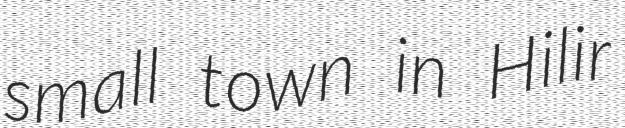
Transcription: small town in Hilir